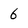
Character: 6